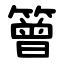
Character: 䉕